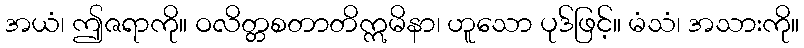
အယံ၊ ဤဇရာကို။ ဝလိတ္တစတာတိဣမိနာ၊ ဟူသော ပုဒ်ဖြင့်။ မံသံ၊ အသားကို။